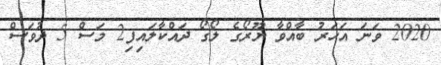
2020 ވަނަ އަހަރު ބާއްވާ ޔޫރޯގެ ލޯގޯ ދައްކާލައިފި2 މަސް 5 ދުވަސް